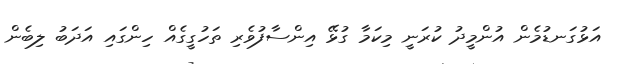
އަޅުގަނޑުމެން އުންމީދު ކުރަނީ މިކަމާ ގުޅޭ އިންސާފުވެރި ތަހުގީގެއް ހިންގައި އަދަބު ލިބެން